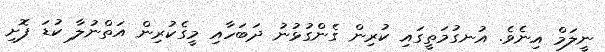
ނީލަމް އިނެވެ. އުނގުމަތީގައި ކުރިން ގެންގުޅުނު ދަބަހާއި މީގެކުރިން އަތްނުލާ ކުޑަ ފޮށި